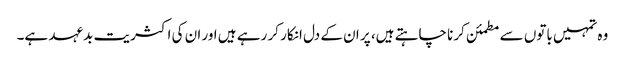
وہ تمہیں باتوں سے مطمئن کرنا چاہتے ہیں، پر ان کے دل انکار کر رہے ہیں اور ان کی اکثریت بدعہد ہے۔